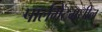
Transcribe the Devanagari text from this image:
पार्लमेंटमधील